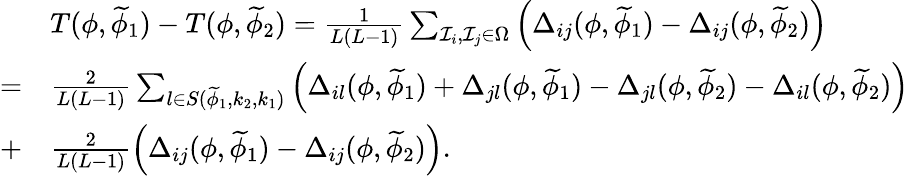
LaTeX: \begin{array}{rl}&{T(\phi,\widetilde{\phi}_{1})-T(\phi,\widetilde{\phi}_{2})=\frac{1}{L(L-1)}\sum_{\mathcal{I}_{i},\mathcal{I}_{j}\in\Omega}\Big(\Delta_{ij}(\phi,\widetilde{\phi}_{1})-\Delta_{ij}(\phi,\widetilde{\phi}_{2})\Big)}\\ {=}&{\frac{2}{L(L-1)}\sum_{l\in S(\widetilde{\phi}_{1},k_{2},k_{1})}\Big(\Delta_{il}(\phi,\widetilde{\phi}_{1})+\Delta_{jl}(\phi,\widetilde{\phi}_{1})-\Delta_{jl}(\phi,\widetilde{\phi}_{2})-\Delta_{il}(\phi,\widetilde{\phi}_{2})\Big)}\\ {+}&{\frac{2}{L(L-1)}\Big(\Delta_{ij}(\phi,\widetilde{\phi}_{1})-\Delta_{ij}(\phi,\widetilde{\phi}_{2})\Big).}\end{array}